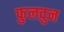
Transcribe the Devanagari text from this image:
फुलवुन